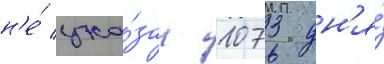
н'е́ ука́зан 1073 дн'я́